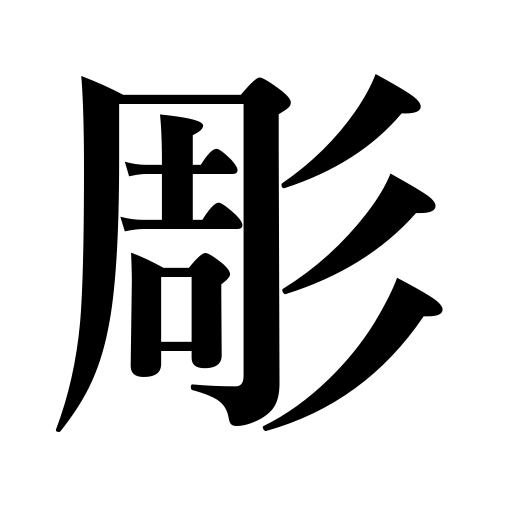
Meanings: engrave,sculpture,carve,carving,inscribe